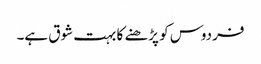
فردوس کو پڑھنے کا بہت شوق ہے۔